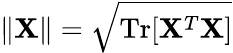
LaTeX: \| {\mathbf X}\| =\sqrt{\mathrm{Tr}[{\mathbf X}^{T}{\mathbf X}]}